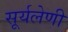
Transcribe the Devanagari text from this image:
सूर्यलेणी